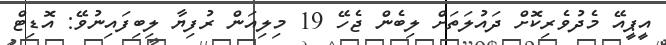
އީޕީއޭ މެދުވެރިކޮށް ދައުލަތަށް ލިބެން ޖެހޭ 19 މިލިއަން ރުފިޔާ ލިބިފައިނުވޭ: އޮޑިޓް